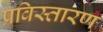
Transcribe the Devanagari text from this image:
प्रविस्तारण